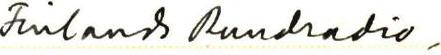
Finlands Rundradio,